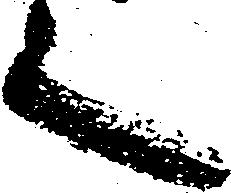
之